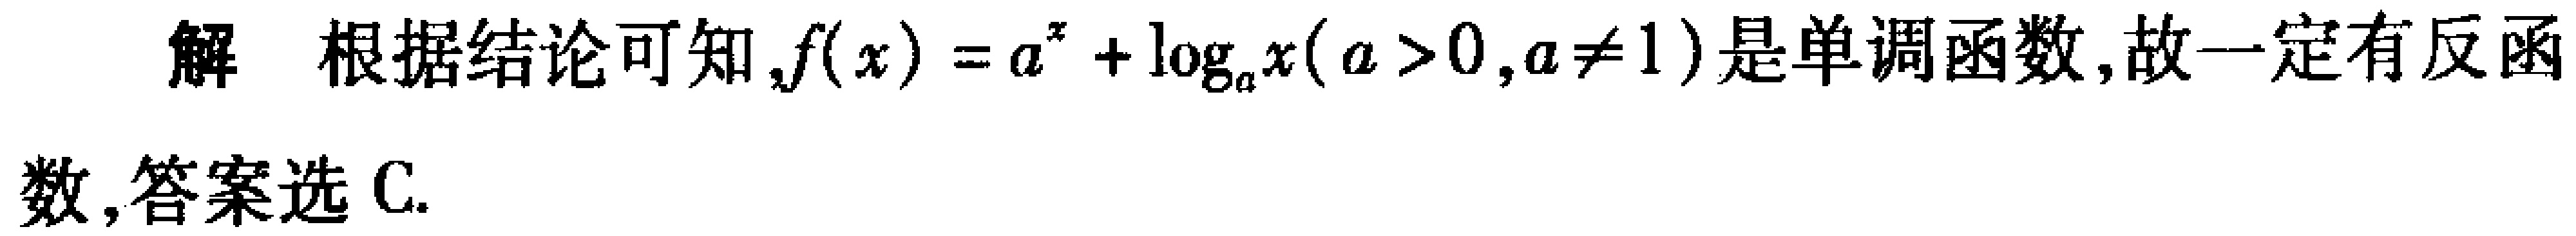
解 根据结论可知,$f(x)=a^{x}+\log_{a}x(a > 0,a\neq1)$是单调函数,故一定有反函

数,答案选C.